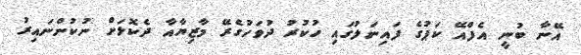
އޭނާ ބުނީ އެފްއޭ ކަޕުގެ ފައިނަލުގައި ހުކުރު ދުވަހުގެރޭ މާޒިޔާއާ ދެކޮޅަށް ނުކުންނައިރު